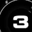
Digit: 3